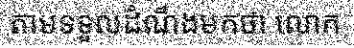
តាមទទួលដំណឹងមកថា លោក